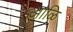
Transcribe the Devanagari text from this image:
आळि